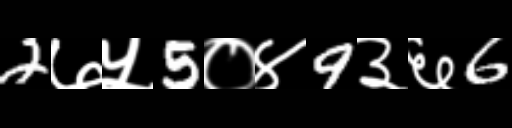
Text: 2७५5०४9३६6